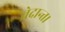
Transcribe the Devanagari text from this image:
वेदान्त।